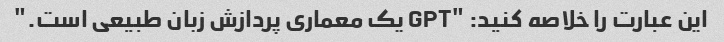
این عبارت را خلاصه کنید: "GPT یک معماری پردازش زبان طبیعی است."